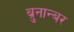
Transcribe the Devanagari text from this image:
ब्रुनान्बर